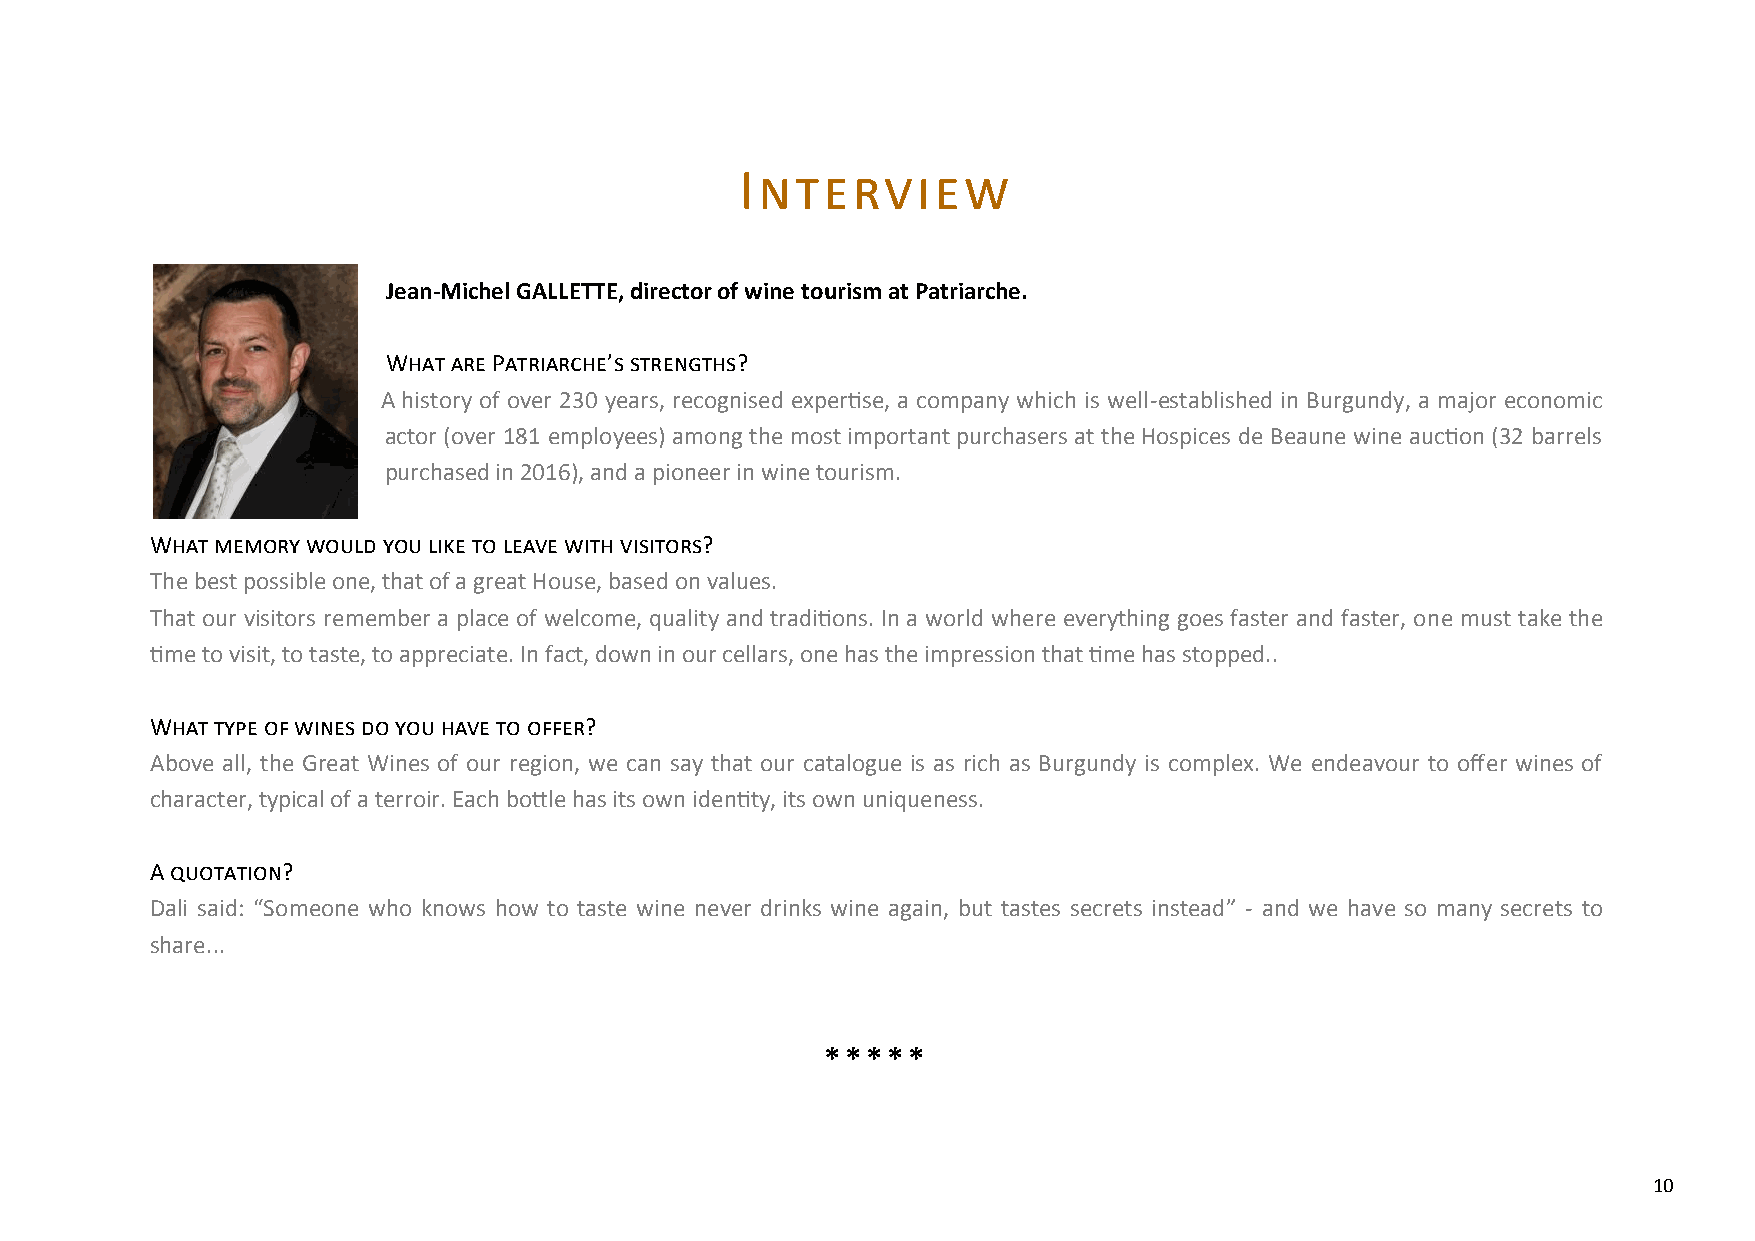
Interview
 Jean-Michel GALLETTE, director of wine tourism at Patriarche.
 What are Patriarche’s strengths?
 A history of over 230 years, recognised expertise, a company which is well-established in Burgundy, a major economic
 actor (over 181 employees) among the most important purchasers at the Hospices de Beaune wine auction (32 barrels
 purchased in 2016), and a pioneer in wine tourism.
 What memory would you like to leave with visitors?
 The best possible one, that of a great House, based on values.
 That our visitors remember a place of welcome, quality and traditions. In a world where everything goes faster and faster, one must take the
 time to visit, to taste, to appreciate. In fact, down in our cellars, one has the impression that time has stopped..
 What type of wines do you have to offer?
 Above all, the Great Wines of our region, we can say that our catalogue is as rich as Burgundy is complex. We endeavour to offer wines of
 character, typical of a terroir. Each bottle has its own identity, its own uniqueness.
 A quotation?
 Dali said: “Someone who knows how to taste wine never drinks wine again, but tastes secrets instead” - and we have so many secrets to
 share...
 *****
 10